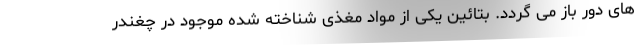
های دور باز می گردد. بتائین یکی از مواد مغذی شناخته شده موجود در چغندر